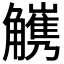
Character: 𧥅